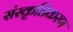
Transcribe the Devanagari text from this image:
संस्‍कृतिकरण